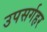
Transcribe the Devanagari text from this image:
उपसर्गहर